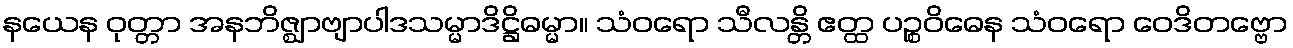
နယေန ဝုတ္တာ အနဘိဇ္ဈာဗျာပါဒသမ္မာဒိဋ္ဌိဓမ္မာ။ သံဝရော သီလန္တိ ဧတ္ထ ပဉ္စဝိဓေန သံဝရော ဝေဒိတဗ္ဗော